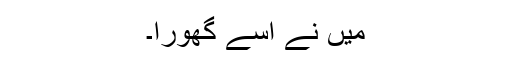
میں نے اسے گھورا۔